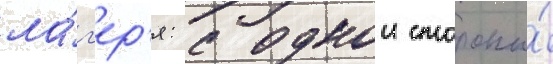
ла́г'ер'я: с однои стороны́